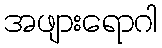
အဖျားရောဂါ